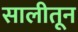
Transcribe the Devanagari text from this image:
सालीतून